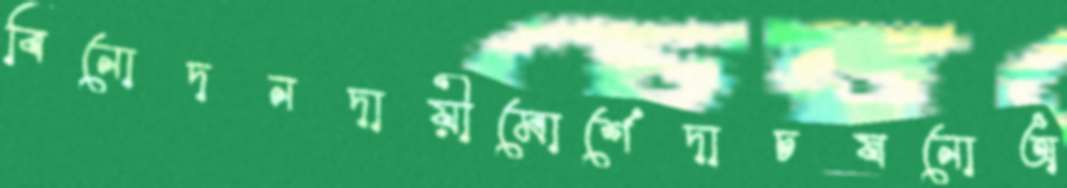
বিনোদনদায়ীমোর্শেদাচষনোঅ